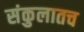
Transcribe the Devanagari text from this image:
संकुलातच